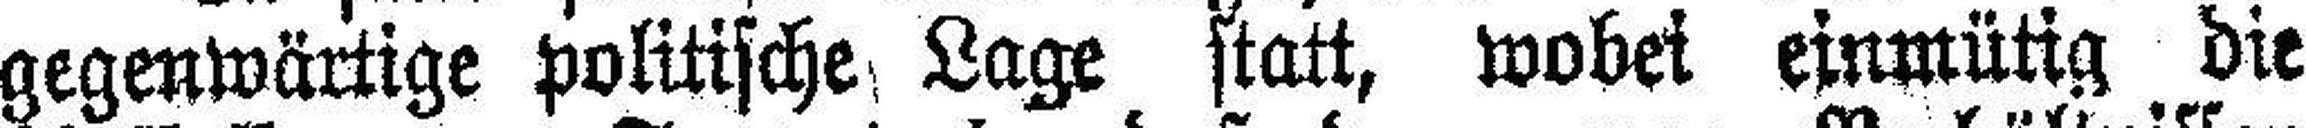
gegenwärtige politische Lage statt, wobei einmütig die